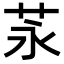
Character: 𦭔